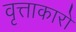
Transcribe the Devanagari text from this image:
वृत्ताकारों